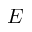
\boldsymbol { E }